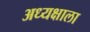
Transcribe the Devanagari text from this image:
अध्यक्षाला